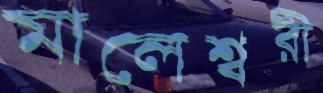
মালেশ্বরী